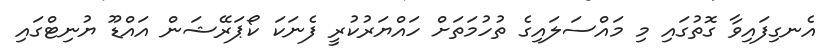
އެނގިފައިވާ ގޮތުގައި މި މައްސަލައިގެ ތުހުމަތަށް ހައްޔަރުކުރީ ފެނަކަ ކޯޕަރޭޝަން އައްޑޫ ޔުނިޓްގައި